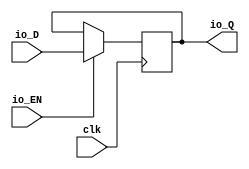
module DFF(input clk,
    input  io_D,
    input  io_EN,
    output io_Q
);

  reg[0:0] r0;
  wire T0;

`ifndef SYNTHESIS
  integer initvar;
  initial begin
    #0.002;
    r0 = {1{$random}};
  end
`endif

  assign io_Q = r0;
  assign T0 = io_EN == 1'h1;

  always @(posedge clk) begin
    if(T0) begin
      r0 <= io_D;
    end
  end
endmodule